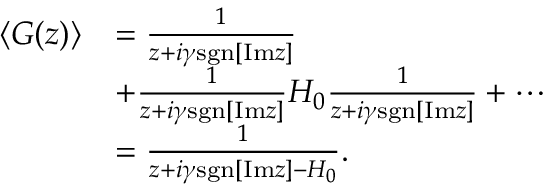
\begin{array} { r l } { \left< G ( z ) \right> } & { = \frac { 1 } { z + i \gamma \mathrm { s g n } [ \mathrm { I m } z ] } } \\ & { + \frac { 1 } { z + i \gamma \mathrm { s g n } [ \mathrm { I m } z ] } H _ { 0 } \frac { 1 } { z + i \gamma \mathrm { s g n } [ \mathrm { I m } z ] } + \cdots } \\ & { = \frac { 1 } { z + i \gamma \mathrm { s g n } [ \mathrm { I m } z ] - H _ { 0 } } . } \end{array}